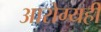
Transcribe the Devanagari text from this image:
आरोग्यही